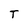
Character: T